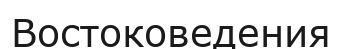
Востоковедения